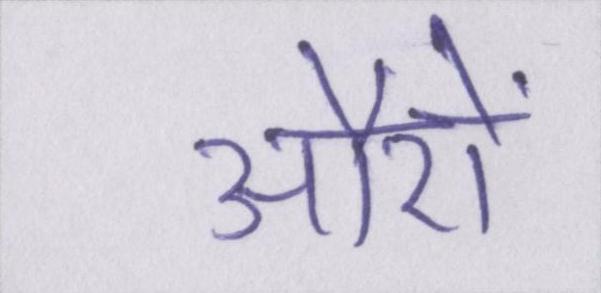
औरों